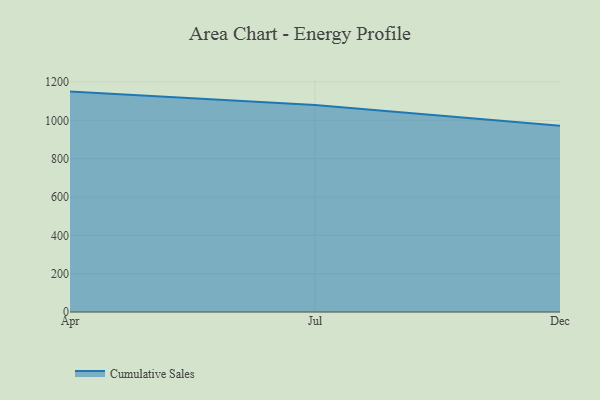
{"axis": {"x": "Month", "y": "Humidity (%)"}, "legend": ["Cumulative Sales"], "data": [{"x": "Apr", "y": 1149.7, "type": "Cumulative Sales"}, {"x": "Jul", "y": 1079.4, "type": "Cumulative Sales"}, {"x": "Dec", "y": 971.4, "type": "Cumulative Sales"}]}